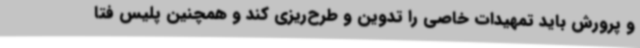
و پرورش باید تمهیدات خاصی را تدوین و طرح‌ریزی کند و همچنین پلیس فتا